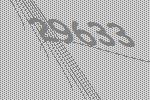
29633